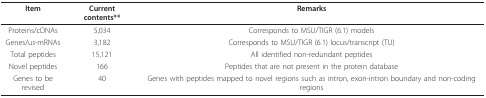
<table><thead><tr><td><b>Item</b></td><td><b>Current contents**</b></td><td><b>Remarks</b></td></tr></thead><tbody><tr><td>Proteins/cDNAs</td><td>5,034</td><td>Corresponds to MSU/TIGR (6.1) models</td></tr><tr><td>Genes/us-mRNAs</td><td>3,182</td><td>Corresponds to MSU/TIGR (6.1) locus/transcript (TU)</td></tr><tr><td>Total peptides</td><td>15,121</td><td>All identified non-redundant peptides</td></tr><tr><td>Novel peptides</td><td>166</td><td>Peptides that are not present in the protein database</td></tr><tr><td>Genes to be revised</td><td>40</td><td>Genes with peptides mapped to novel regions such as intron, exon-intron boundary and non-coding regions</td></tr></tbody></table>